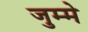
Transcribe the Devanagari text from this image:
जुम्मे